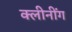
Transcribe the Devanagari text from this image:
क्लीनींग